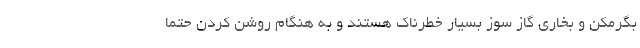
بگرمکن و بخاری گاز سوز بسیار خطرناک هستند و به هنگام روشن کردن حتما